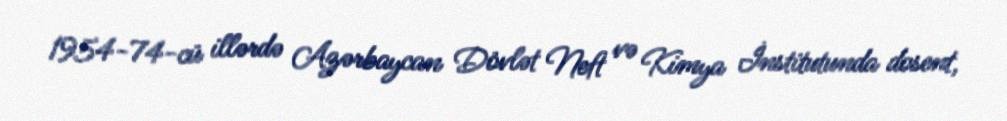
1954-74-cü illərdə Azərbaycan Dövlət Neft və Kimya İnstitutunda dosent,